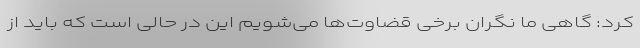
کرد: گاهی ما نگران برخی قضاوت‌ها می‌شویم این در حالی است که باید از